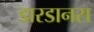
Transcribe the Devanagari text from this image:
डारडानस